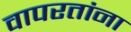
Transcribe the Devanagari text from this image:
वापरतांना